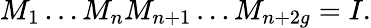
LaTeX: M_{1}\dots M_{n}M_{n+1}\dots M_{n+2g}=I.